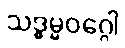
သဒ္ဓမ္မဝဂ္ဂေါ